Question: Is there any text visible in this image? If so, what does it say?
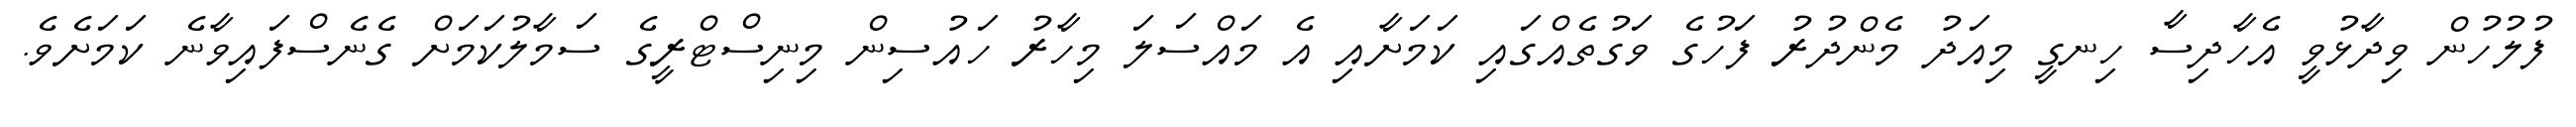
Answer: ފުލުހުން ވިދާޅުވީ އެހާދިސާ ހިނގީ މިއަދު މެންދުރު ފަހުގެ ވަގުތެއްގައި ކަމަށާއި އެ މައްސަލަ މިހާރު ހައުސިން މިނިސްޓްރީގެ ސަމާލުކަމަށް ގެނެސްފައިވާނެ ކަމަށެވެ.